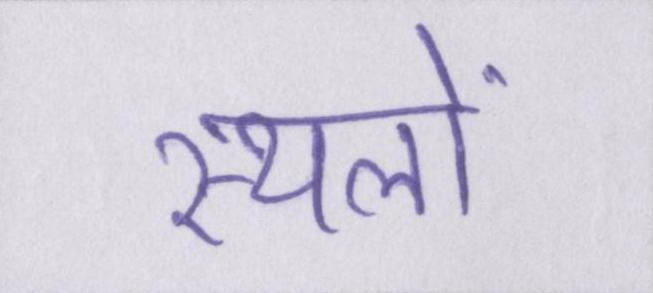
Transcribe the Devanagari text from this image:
स्थलों